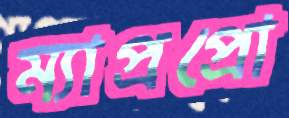
ম্যাপ্রপ্রো